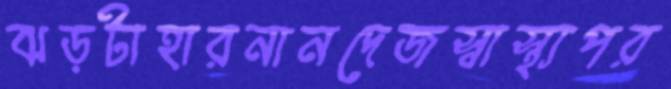
ঝড়টাহারনানদেজস্বাস্থ্যপর